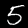
Digit: 5